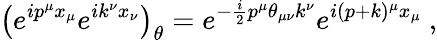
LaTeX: \left(e^{ip^{\mu}x_{\mu}}e^{ik^{\nu}x_{\nu}}\right)_{\theta}=e^{-\frac{i}{2}p^{\mu}\theta_{\mu\nu}k^{\nu}}e^{i(p+k)^{\mu}x_{\mu}}~,